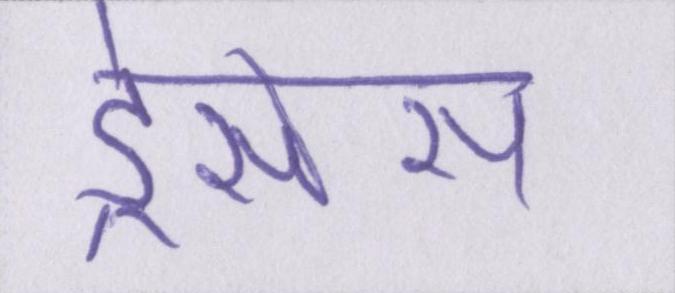
ड्रेसेस